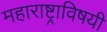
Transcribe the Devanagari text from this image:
महाराष्ट्राविषयी